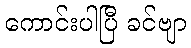
ကောင်းပါပြီ ခင်ဗျာ